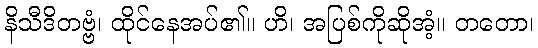
နိသီဒိတဗ္ဗံ၊ ထိုင်နေအပ်၏။ ဟိ၊ အပြစ်ကိုဆိုအံ့။ တတော၊